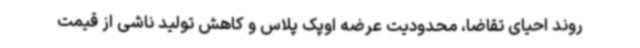
روند احیای تقاضا، محدودیت عرضه اوپک پلاس و کاهش تولید ناشی از قیمت